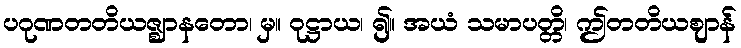
ပဂုဏတတိယဇ္ဈာနတော၊ မှ။ ဝုဋ္ဌာယ၊ ၍။ အယံ သမာပတ္တိ၊ ဤတတိယဈာန်